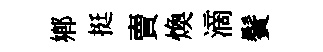
鄕挺賣煥滴鬢